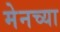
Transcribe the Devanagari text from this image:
मेनच्या